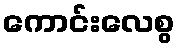
ကောင်းလေစွ